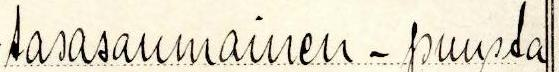
tasasaumainen - puusta